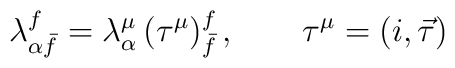
\lambda_{\alpha \bar f}^f= \lambda^\mu_\alpha \, (\tau^\mu)^f_{\bar f}\,, \qquad\tau^\mu=(i, \vec \tau)